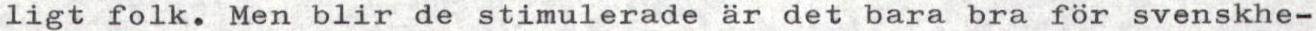
ligt folk. Men blir de stimulerade är det bara bra för svenskhe-